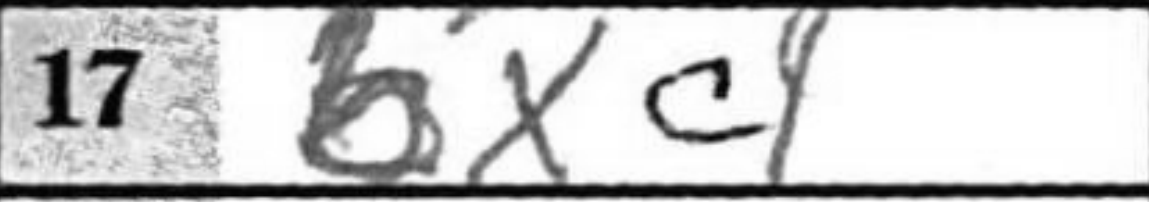
Transcription: bxc4